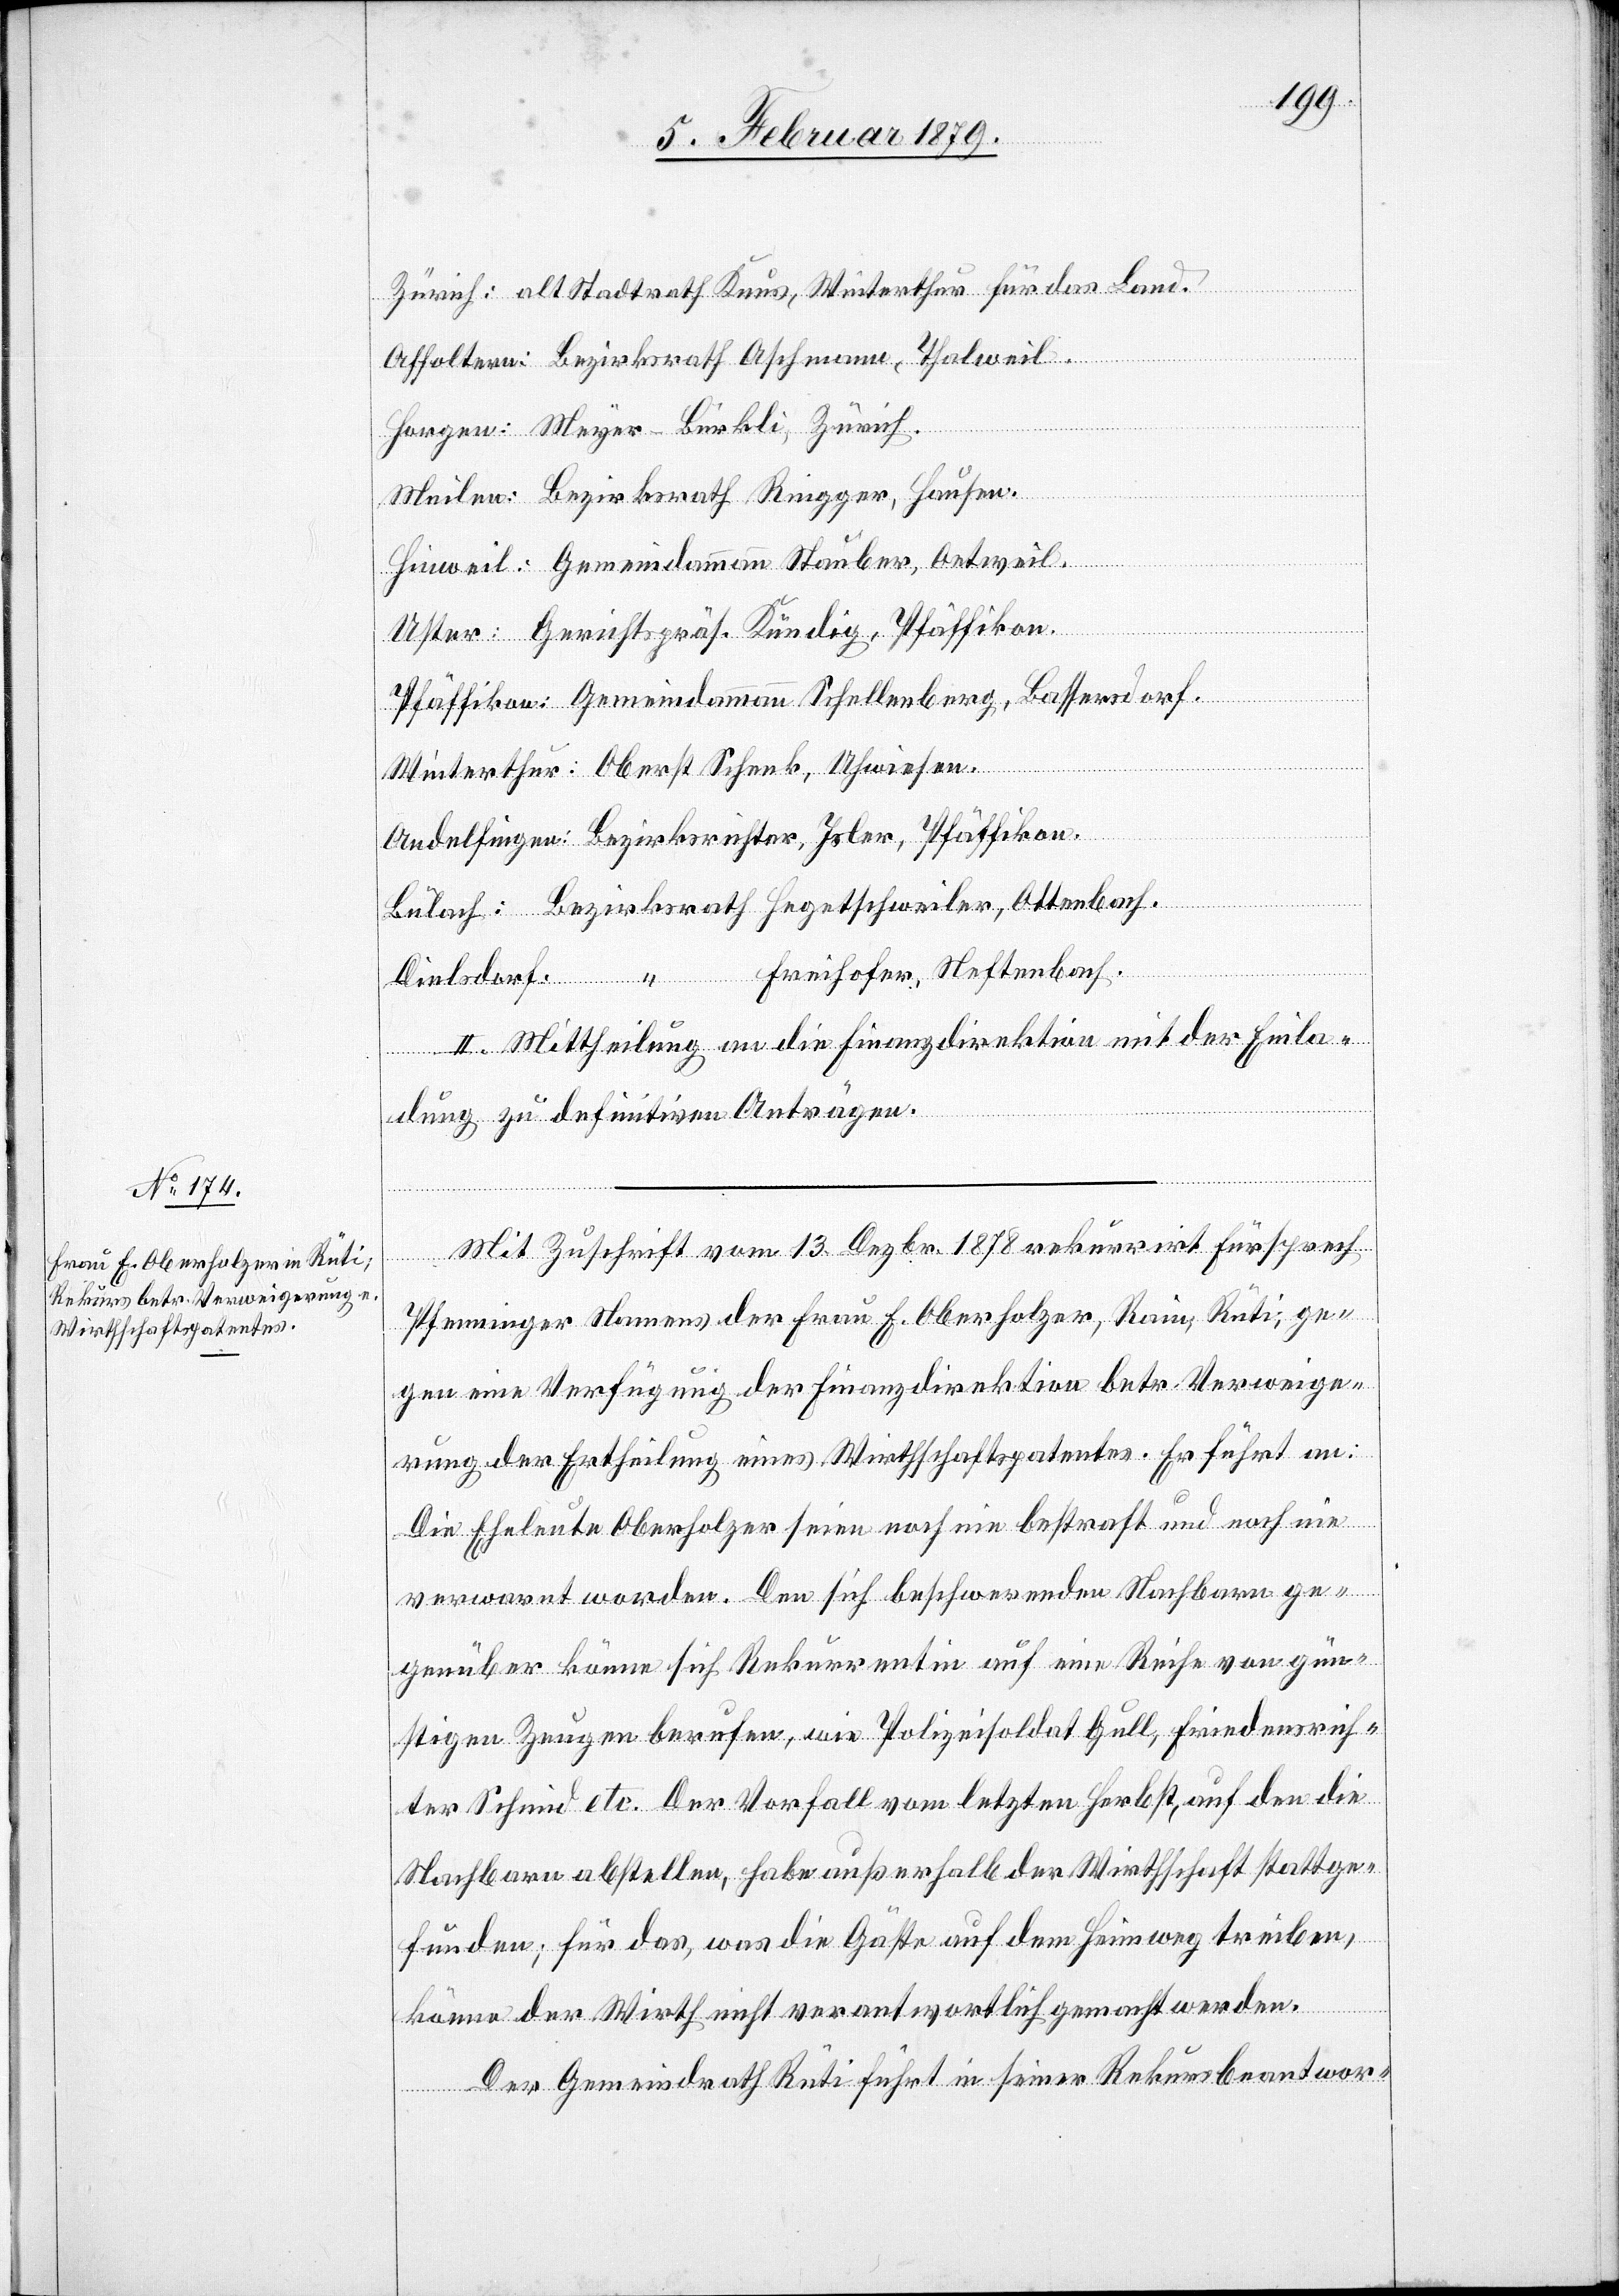
Zürich: alt Stadtrath Knus, Winterthur für das Land.
Affoltern: Bezirksrath Aschmann, Thalweil.
Horgen: Meyer-Bürkli, Zürich.
Meilen: Bezirksrath Ringger, Hausen.
Hinweil: Gemeindammann Stauber, Oetweil.
Uster: Gerichtspräs. Kündig, Pfäffikon.
Pfäffikon: Gemeindammann Schellenberg, Bassersdorf.
Winterthur: Oberst Schenk, Uhwiesen.
Andelfingen: Bezirksrichter Isler, Pfäffikon.
Bülach: Bezirksrath Hegetschweiler, Ottenbach.
Dielsdorf: “ Freihofer, Neftenbach.
II. Mittheilung an die Finanzdirektion mit der Einla¬
dung zu definitiven Anträgen.
Mit Zuschrift vom 13. Dezbr. 1878 rekurrirt Fürsprech
Pfenninger Namens der Frau E. Oberholzer, Rain, Rüti, ge¬
gen eine Verfügung der Finanzdirektion betr. Verweige¬
rung der Ertheilung eines Wirthschaftspatentes. Er führt an:
Die Eheleute Oberholzer seien noch nie bestraft und noch nie
verwarnt worden. Den sich beschwerenden Nachbarn ge¬
genüber könne sich Rekurrentin auf eine Reihe von gün¬
stigen Zeugen berufen, wie Polizeisoldat Gull, Friedensrich¬
ter Schmid etc. Der Vorfall vom letzten Herbst, auf den die
Nachbarn abstellen, habe außerhalb der Wirtschaft stattge¬
funden; für das, was die Gäste auf dem Heimweg treiben,
könne der Wirth nicht verantwortlich gemacht werden.
Der Gemeindrath Rüti führt in seiner Rekursbeantwor-